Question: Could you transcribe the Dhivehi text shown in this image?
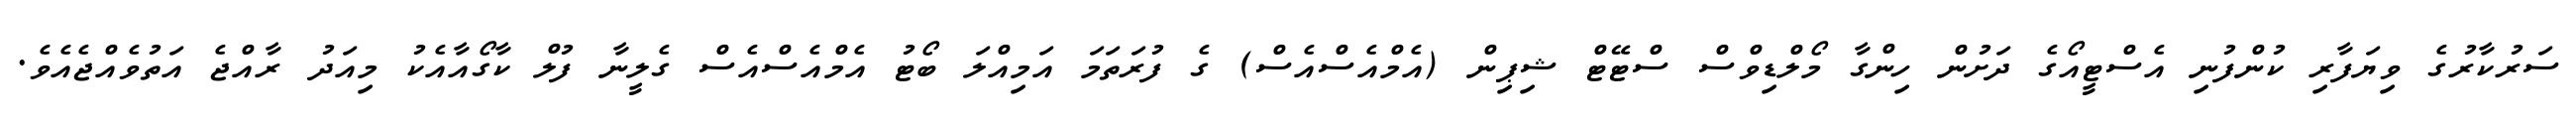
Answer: ސަރުކާރުގެ ވިޔަފާރި ކުންފުނި އެސްޓީއޯގެ ދަށުން ހިންގާ މޯލްޑިވްސް ސްޓޭޓް ޝިޕިން (އެމްއެސްއެސް) ގެ ފުރަތަމަ އަމިއްލަ ބޯޓު އެމްއެސްއެސް ގެލީނާ ފުލް ކާގޯއާއެކު މިއަދު ރާއްޖެ އަތުވެއްޖެއެވެ.